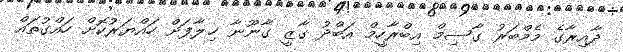
ދާއިރާގެ މެމްބަރު ގާސިމް އިބްރާހީމް އަބްދު ގާޒީ ގާނޫނާ ޚިލާފަށް ހައްޔަރުކޮށް ހައްގުތައް